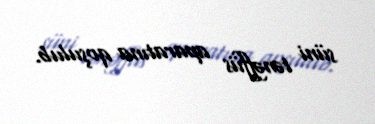
süni tənəffüs aparatına qoşulub.